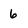
Character: 6